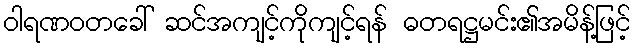
ဝါရဏဝတခေါ် ဆင်အကျင့်ကိုကျင့်ရန် ဓတရဋ္ဌမင်း၏အမိန့်ဖြင့်